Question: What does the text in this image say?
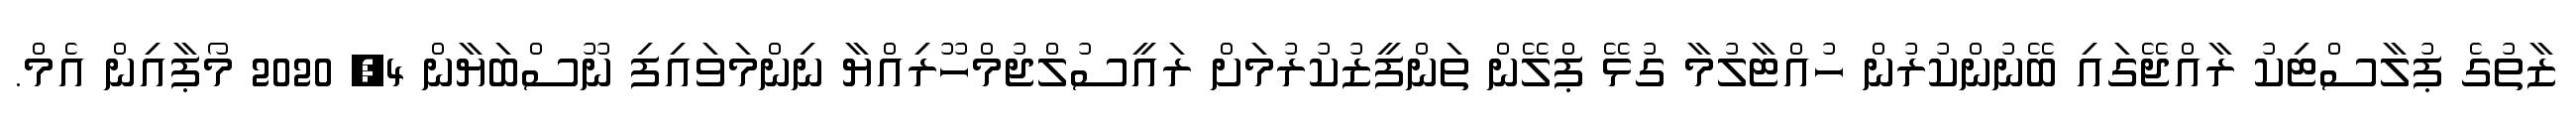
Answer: ޒާތުގެ ޕުލާސްޓިކު ރާއްޖޭގައި ބޭނުންކުރުން ހުއްޓާލުމާ ގުޅޭ ޕްލޭން ތަންފީޒުކުރުމަށް ރައީސުލްޖުމްހޫރިއްޔާ ނިންމަވައިފި ނޫސްބަޔާން 4, 2020 މޯޕާއިން އެމް.